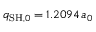
q _ { \mathrm { S H } , 0 } = 1 . 2 0 9 4 \, a _ { 0 }